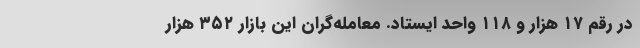
در رقم ۱۷ هزار و ۱۱۸ واحد ایستاد. معامله‌گران این بازار ۳۵۲ هزار